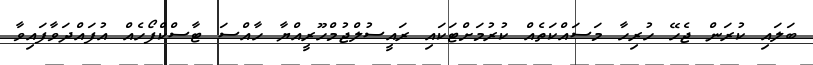
ބަލައި ކުރަން ޖެހޭ ހުރިހާ މަސައްކަތެއް ކުރުމަށްޓަކައި ރައީސުލްޖުމްހޫރީއްޔާ ހާއްސަ ޓާސްކްފޯހެއް އުފައްދަވާފައިވާ